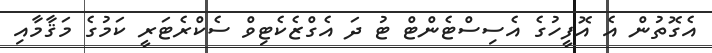
އެގޮތުން އެ އޮފީހުގެ އެސިސްޓެންޓް ޓު ދަ އެގްޒެކެޓިވް ސެކްރެޓަރީ ކަމުގެ މަޤާމާއި